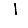
Digit: 1